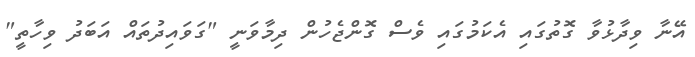
އޭނާ ވިދާޅުވާ ގޮތުގައި އެކަަމުގައި ވެސް ގޮންޖެހުން ދިމާވަނީ "ގަވައިދުތައް އަބަދު ވިހާތީ"